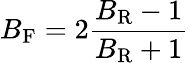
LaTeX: B_{\mathrm{F}}=2{\frac{B_{\mathrm{R}}-1}{B_{\mathrm{R}}+1}}